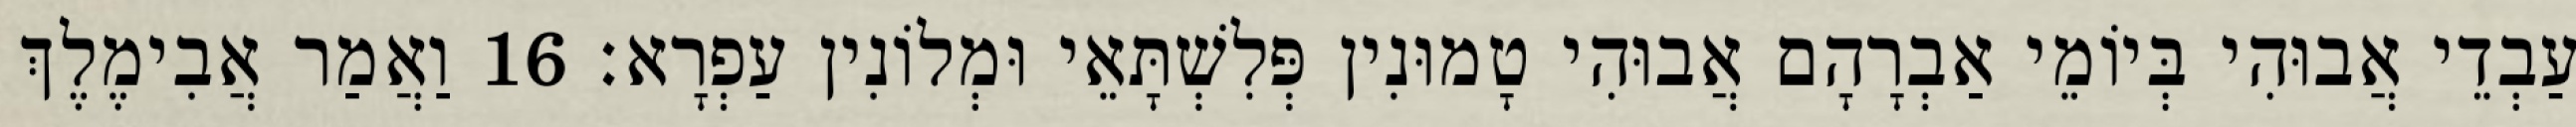
עַבְדֵי אֲבוּהִי בְּיוֹמֵי אַבְרָהָם אֲבוּהִי טָמוּנִין פְּלִשְׁתָּאֵי וּמְלוֹנִין עַפְרָא׃ 16 וַאֲמַר אֲבִימֶלֶךְ